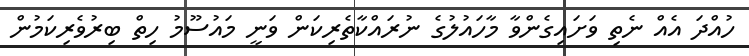
ހުއްދަ އެއް ނެތި ވަށައިގެންވާ މާހައުލުގެ ނުރައްކާތެރިކަން ވަނީ މައުސޫމު ހިތް ބިރުވެރިކަމުން